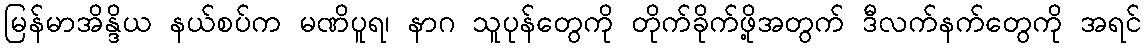
မြန်မာအိန္ဒိယ နယ်စပ်က မဏိပူရ၊ နာဂ သူပုန်တွေကို တိုက်ခိုက်ဖို့အတွက် ဒီလက်နက်တွေကို အရင်